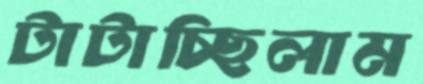
টাটাচ্ছিলাম